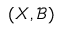
( X , { \mathcal { B } } )